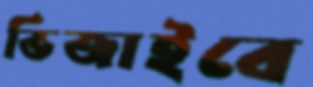
ভিজাইবে